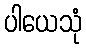
ပါယေသုံ